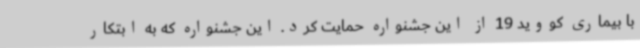
با بیماری کووید 19 از این جشنواره حمایت کرد. این جشنواره که به ابتکار